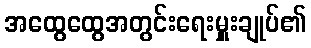
အထွေထွေအတွင်းရေးမှူးချုပ်၏